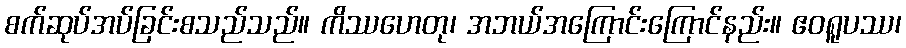
စက်ဆုပ်အပ်ခြင်းစသည်သည်။ ကိဿဟေတု၊ အဘယ်အကြောင်းကြောင်နည်း။ ဧဝရူပဿ၊